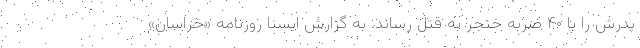
پدرش را با ۴۰ ضربه خنجر به قتل رساند. به گزارش ایسنا روزنامه «خراسان»